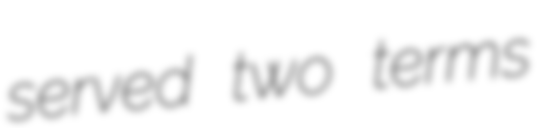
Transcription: served two terms